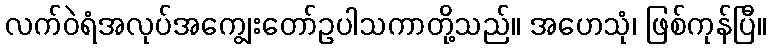
လက်ဝဲရံအလုပ်အကျွေးတော်ဥပါသကာတို့သည်။ အဟေသုံ၊ ဖြစ်ကုန်ပြီ။